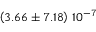
\left( 3 . 6 6 \pm 7 . 1 8 \right) \, 1 0 ^ { - 7 }